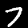
Digit: 7